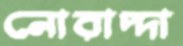
নোরাদ্দা